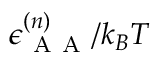
\epsilon _ { \mathrm { ~ A ~ A ~ } } ^ { ( n ) } / k _ { B } T